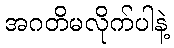
အဂတိမလိုက်ပါနဲ့